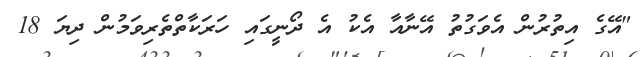
"އޭގެ އިތުރުން އެވަގުތު އޭނާއާ އެކު އެ ދޯނީގައި ހަރަކާތްތެރިވަމުން ދިޔަ 18